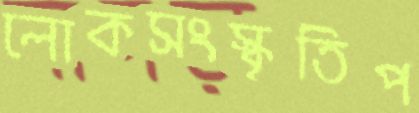
লোকসংস্কৃতিপ